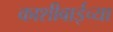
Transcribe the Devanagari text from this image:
काशीबाईच्या